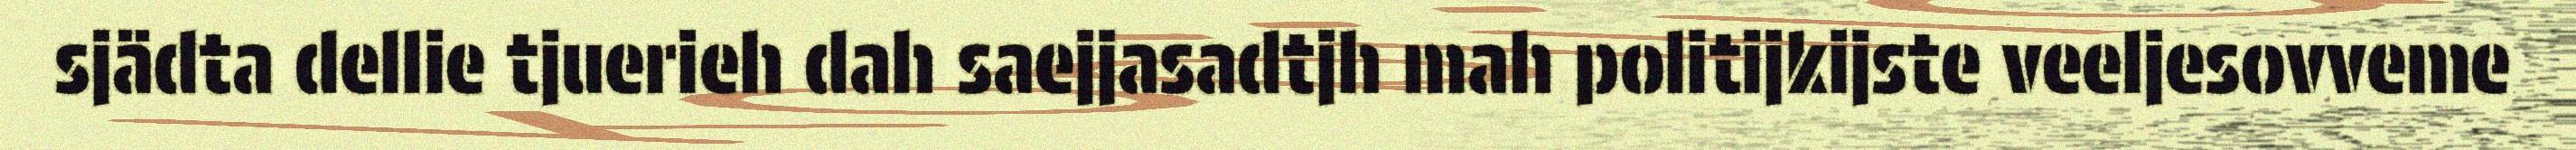
sjädta dellie tjuerieh dah saejjasadtjh mah politijkijste veeljesovveme